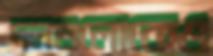
দলগুলোকেও